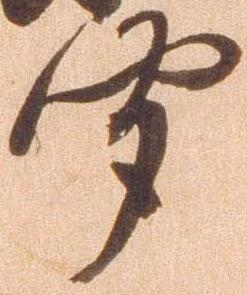
聞